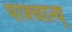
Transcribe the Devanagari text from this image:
पाश्चात्य्